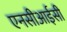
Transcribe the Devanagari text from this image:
एनसीआईसी